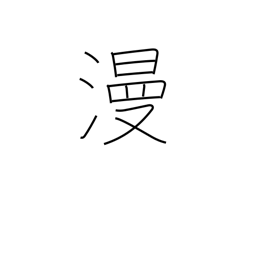
Meaning: in spite of oneself